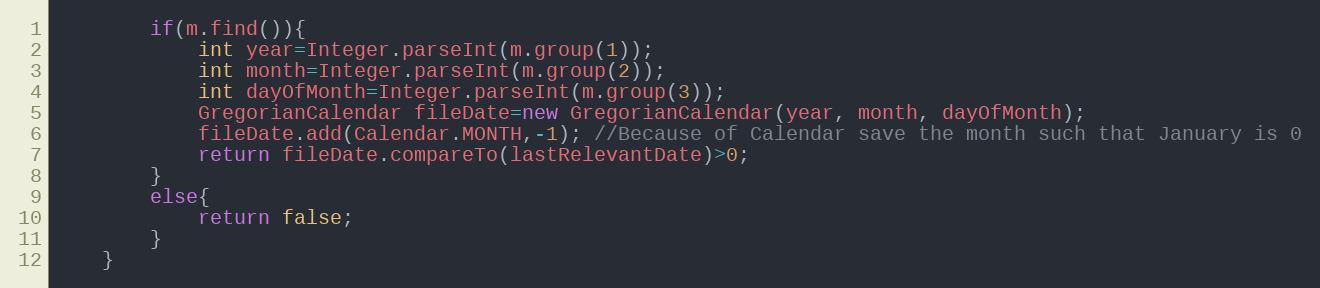
Language: Java
		if(m.find()){
			int year=Integer.parseInt(m.group(1));
			int month=Integer.parseInt(m.group(2));
			int dayOfMonth=Integer.parseInt(m.group(3));
			GregorianCalendar fileDate=new GregorianCalendar(year, month, dayOfMonth);
			fileDate.add(Calendar.MONTH,-1); //Because of Calendar save the month such that January is 0
			return fileDate.compareTo(lastRelevantDate)>0;
		}
		else{
			return false;
		}
	}